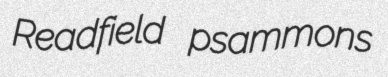
Readfield psammons